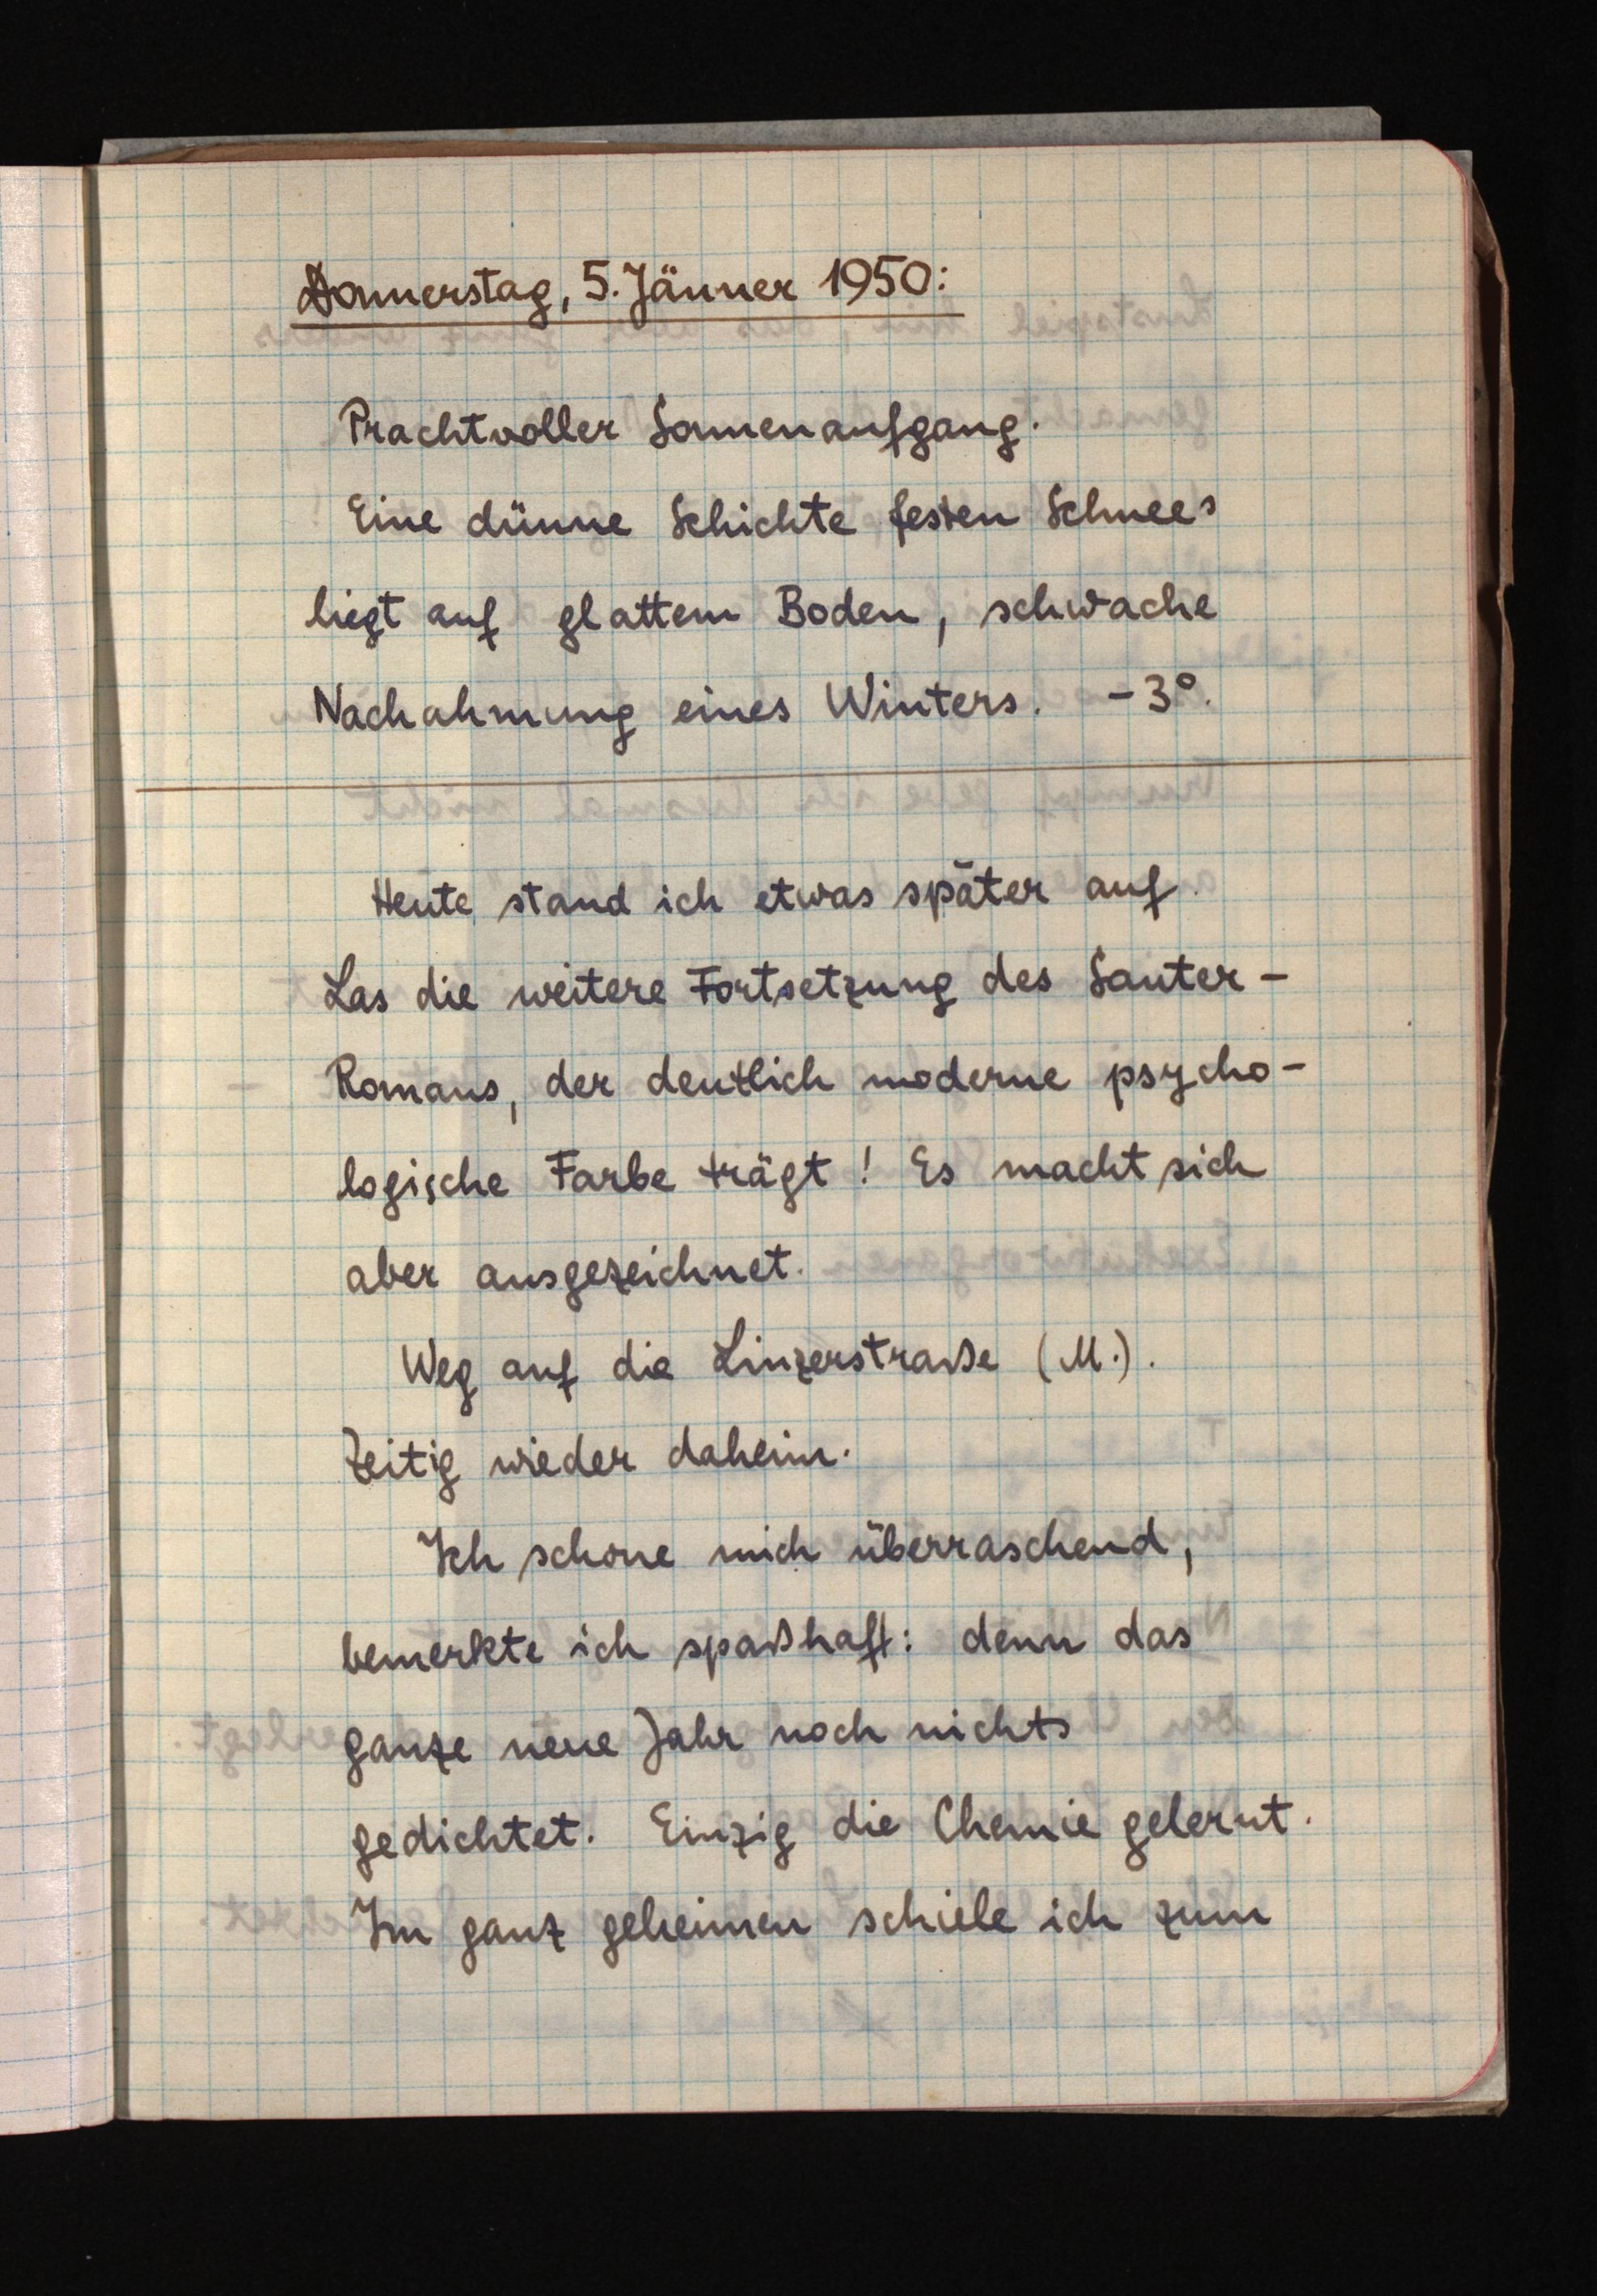
Donnerstag, 5. Jänner 1950:
Prachtvoller Sonnenaufgang.
Eine dünne Schichte festen Schnees
liegt auf glattem Boden, schwache
Nachahmung eines Winters. -3°.
Heute stand ich etwas später auf.
Las die weitere Fortsetzung des Sauter-
Romans, der deutlich moderne psycho¬
logische Farbe trägt! Es macht sich
aber ausgezeichnet.
Weg auf die Linzerstraße (M.).
Zeitig wieder daheim.
Ich schone mich überraschend,
bemerkte ich spaßhaft: denn das
ganze neue Jahr noch nichts
gedichtet. Einzig die Chemie gelernt.
Im ganz geheimen schiele ich zum